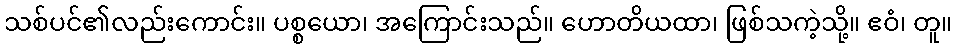
သစ်ပင်၏လည်းကောင်း။ ပစ္စယော၊ အကြောင်းသည်။ ဟောတိယထာ၊ ဖြစ်သကဲ့သို့။ ဧဝံ၊ တူ။